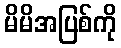
မိမိအပြစ်ကို